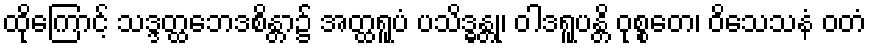
ထိုကြောင့် သဒ္ဒတ္ထဘေဒစိန္တာ၌ အတ္ထရူပံ ပသိဒ္ဓန္တု၊ ဝါဒရူပန္တိ ဝုစ္စတေ၊ ဝိသေသနံ ဝတံ